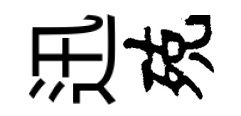
迅殑